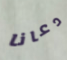
دعانا